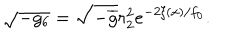
\sqrt { - g _ { 6 } } = \sqrt { - \overline { { { g } } } } r _ { 2 } ^ { 2 } e ^ { - 2 \xi ( x ) / f _ { 0 } } .